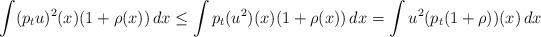
LaTeX: \begin{align*}\int (p_tu)^2(x) (1+\rho(x))\, dx \leq \int p_t(u^2)(x) (1+\rho(x)) \, dx = \int u^2 (p_t(1+\rho))(x) \, dx\end{align*}